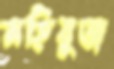
মহিবুজ